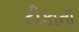
ટીકાની